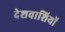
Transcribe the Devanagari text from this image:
देशवाशियों